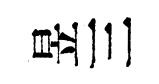
昱三